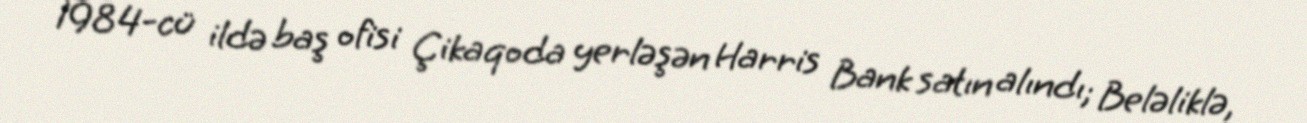
1984-cü ildə baş ofisi Çikaqoda yerləşən Harris Bank satın alındı; Beləliklə,